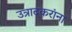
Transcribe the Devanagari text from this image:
उत्रादकरांना